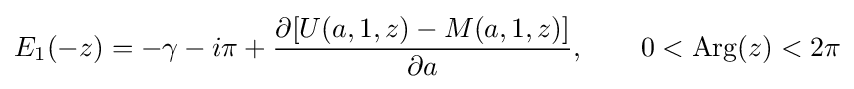
E_{1}(-z)=-\gamma -i\pi +{\frac {\partial [U(a,1,z)-M(a,1,z)]}{\partial a}},\qquad 0<{\rm {Arg}}(z)<2\pi